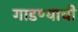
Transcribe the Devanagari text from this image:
गाडण्याची